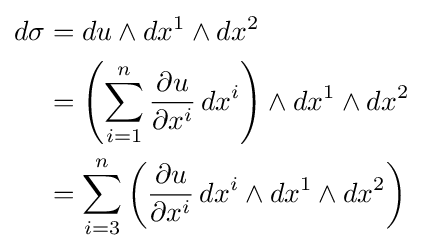
{\begin{aligned}d\sigma &=du\wedge dx^{1}\wedge dx^{2}\\&=\left(\sum _{i=1}^{n}{\frac {\partial u}{\partial x^{i}}}\,dx^{i}\right)\wedge dx^{1}\wedge dx^{2}\\&=\sum _{i=3}^{n}\left({\frac {\partial u}{\partial x^{i}}}\,dx^{i}\wedge dx^{1}\wedge dx^{2}\right)\end{aligned}}